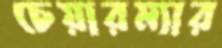
চেয়ারম্যার